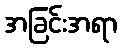
အခြင်းအရာ